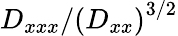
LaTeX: D_{xxx}/{(D_{xx})}^{3/2}